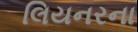
લિયનરના